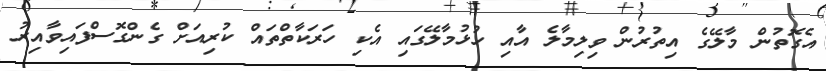
އެގޮތުން މާލޭގެ އިތުރުން ވިލިމާލެ އާއި ހުޅުމާލޭގައި އެކި ހަރަކާތްތައް ކުރިއަށް ގެންގޮސްފައިވާއިރު